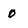
Character: 0